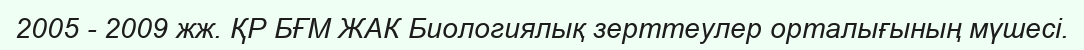
2005 - 2009 жж. ҚР БҒМ ЖАК Биологиялық зерттеулер орталығының мүшесі.